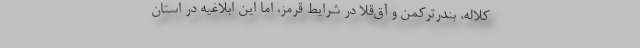
کلاله، بندرترکمن و آق‌قلا در شرایط قرمز، اما این ابلاغیه در استان